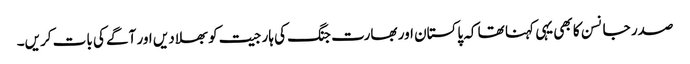
صدر جانسن کا بھی یہی کہنا تھا کہ پاکستان اور بھارت جنگ کی ہار جیت کو بھلا دیں اور آگے کی بات کریں۔